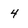
Character: 4